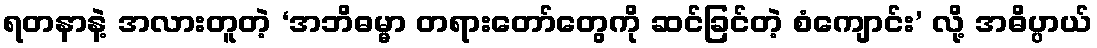
ရတနာနဲ့ အလားတူတဲ့ ‘အဘိဓမ္မာ တရားတော်တွေကို ဆင်ခြင်တဲ့ စံကျောင်း’ လို့ အဓိပ္ပာယ်